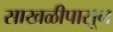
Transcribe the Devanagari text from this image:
साखळीपासून